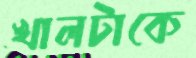
খালটাকে